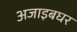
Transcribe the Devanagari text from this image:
अजाइबघर